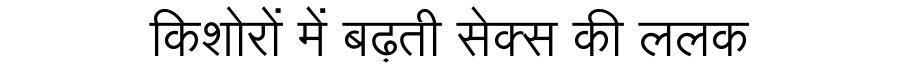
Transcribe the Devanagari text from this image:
किशोरों में बढ़ती सेक्स की ललक